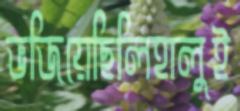
ভজিয়েছিলিহালুই